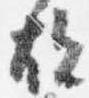
故